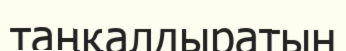
таңқалдыратын